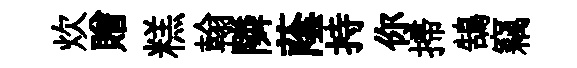
炊贈糕翰隣蔭持你掃鵠竊